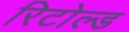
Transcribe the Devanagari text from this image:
रिटोल्ड